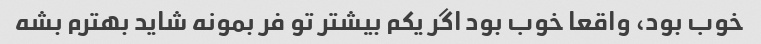
خوب بود، واقعا خوب بود اگر یکم بیشتر تو فر بمونه شاید بهترم بشه